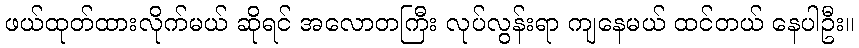
ဖယ်ထုတ်ထားလိုက်မယ် ဆိုရင် အလောတကြီး လုပ်လွန်းရာ ကျနေမယ် ထင်တယ် နေပါဦး။